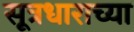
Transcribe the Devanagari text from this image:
सूत्रधाराच्या